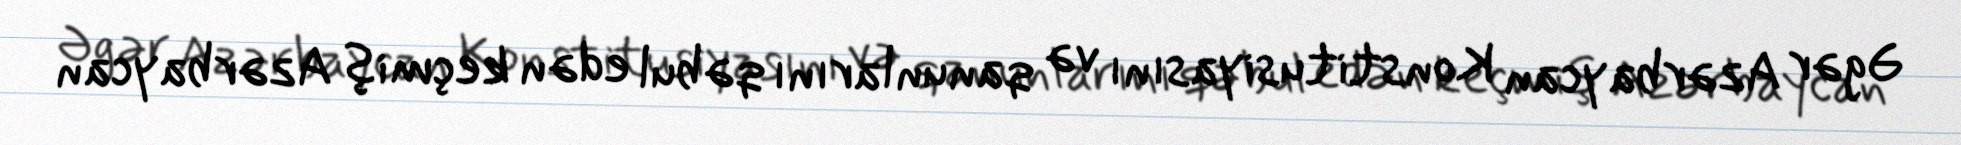
Əgər Azərbaycan Konstitusiyasını və qanunlarını qəbul edən keçmiş Azərbaycan